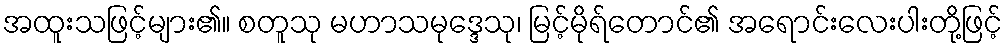
အထူးသဖြင့်များ၏။ စတူသု မဟာသမုဒ္ဒေသု၊ မြင့်မိုရ်တောင်၏ အရောင်းလေးပါးတို့ဖြင့်